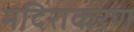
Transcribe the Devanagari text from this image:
मदिराकरण